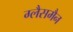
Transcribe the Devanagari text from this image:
ग्लैसमैन